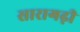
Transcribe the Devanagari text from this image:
सारागढ़ी